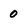
Character: 0